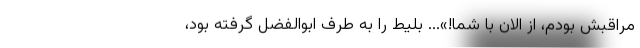
مراقبش بودم، از الان با شما!»... بلیط را به طرف ابوالفضل گرفته بود،